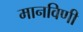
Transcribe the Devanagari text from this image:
मानविणी